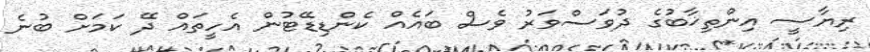
ރިޔާސީ އިންތިޚާބުގެ ދުވަސްވަރު ވެސް ބައެއް ކެންޑިޑޭޓުން އެހީތައް ދޭ ކަމަށް ބުނެ